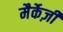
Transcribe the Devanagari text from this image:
मैर्केज़ी